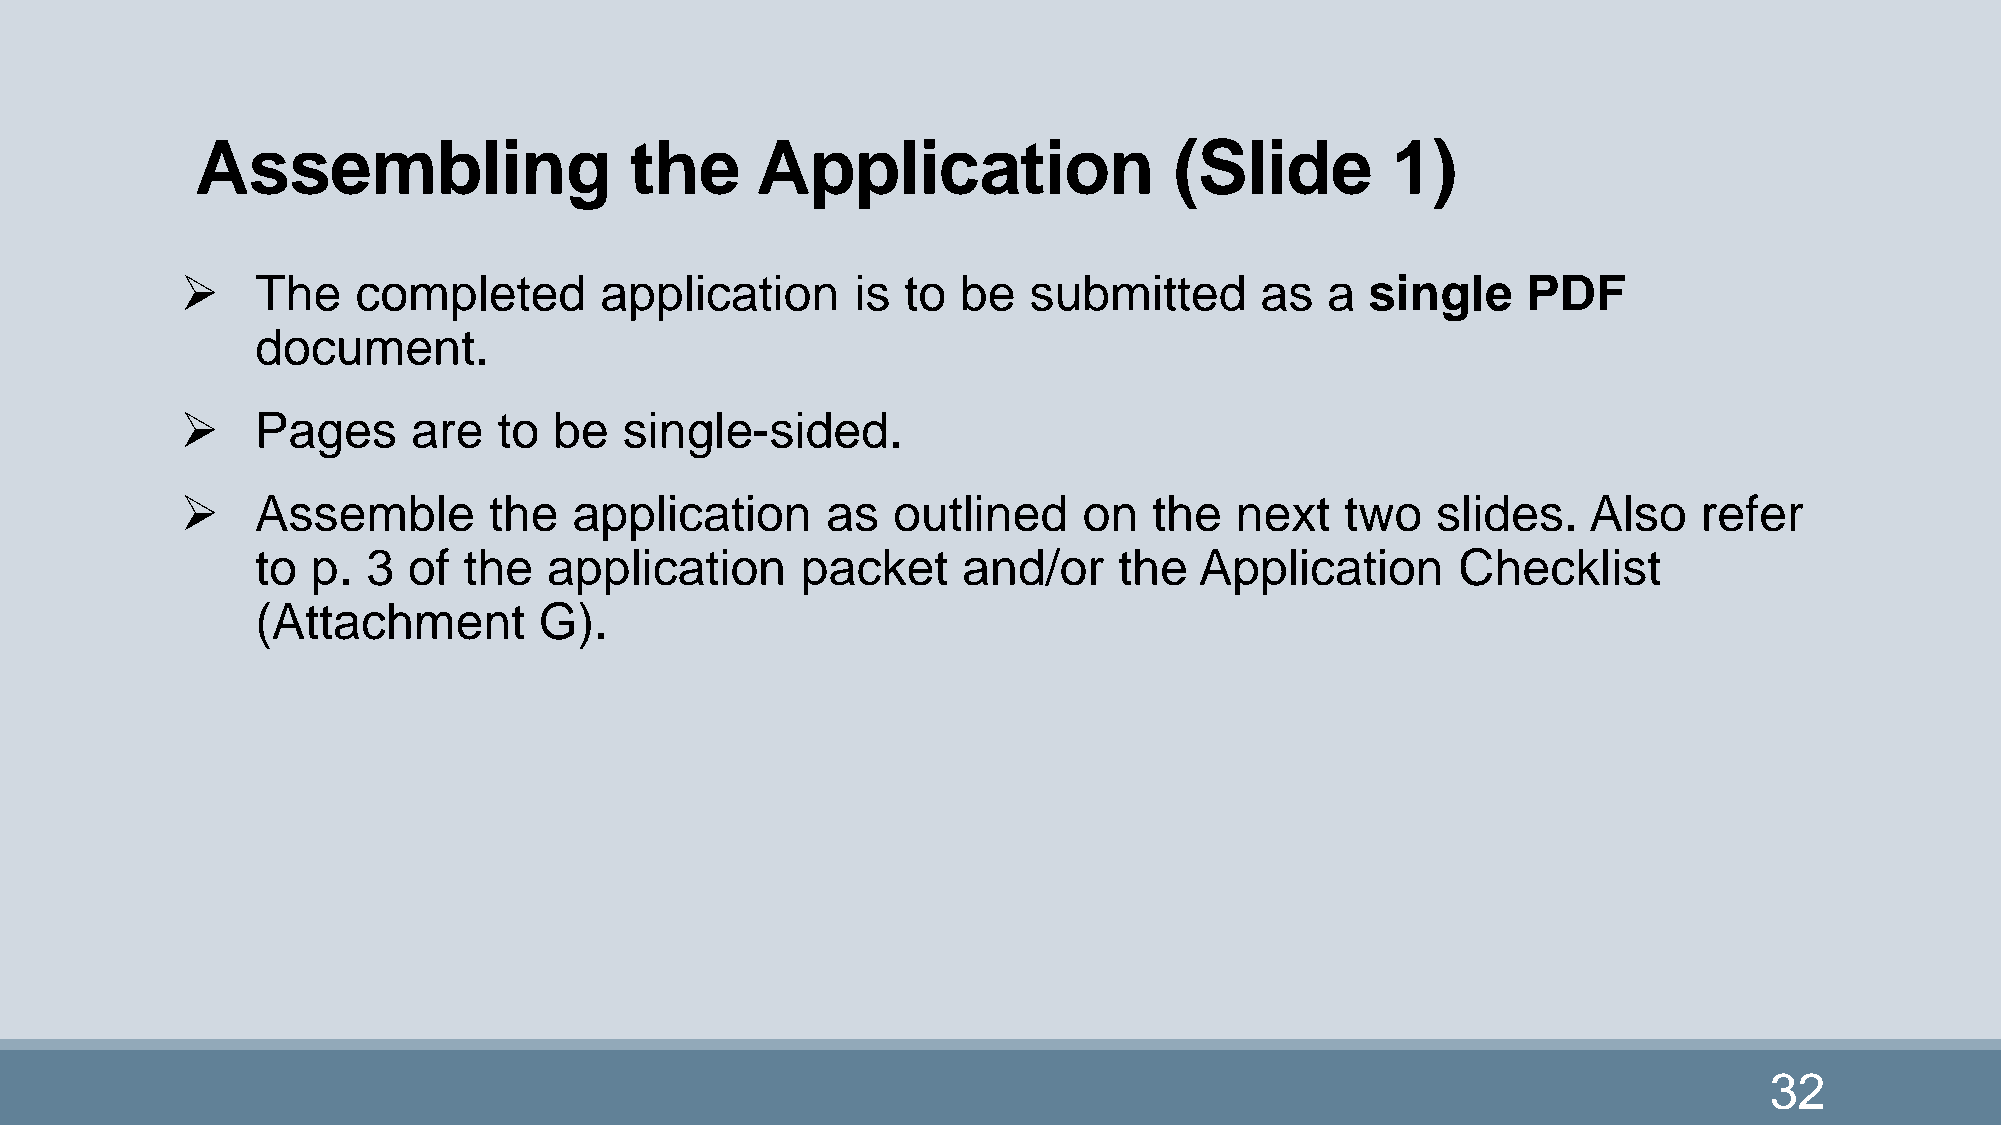
Assembling                   the     Application                 (Slide        1)
     The    completed       application      is to  be  submitted      as   a  single    PDF
 document.
     Pages     are   to  be  single-sided.
     Assemble       the   application      as  outlined     on  the   next   two   slides.   Also    refer
 to  p. 3  of  the  application      packet     and/or    the  Application       Checklist
 (Attachment        G).
 32